Annual report of the Imperial Bacteriological Laboratory, Muktesar
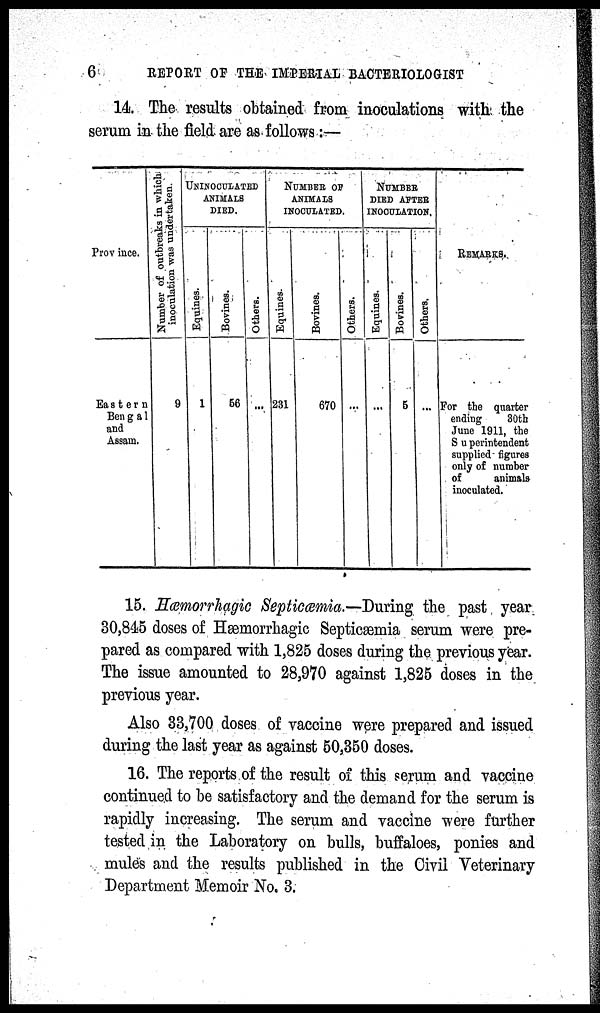
6
REPORT OF THE IMPERIAL BACTERIOLOGIST
14. The results obtained from inoculations with the
serum in the field are as follows :—
Province.
Eastern
Bengal
and
Assam.
Number of outbreaks in which
inoculation was undertaken.
9
UNINOCULATED
ANIMALS
DIED.
Equines.
1
Bovi nes .
56
Others.
...
NUMBER OF
ANIMALS
INOCULATED.
Equines.
231
Bovines.
670
Others.
...
NUMBER
DIED AFTER
INOCULATION.
Equines.
...
Bovi nes .
5
Others.
...
REMARKS.
For the quarter
ending
30th
June 1911, the
Superintendent
supplied figures
only of number
of
animals
inoculated.
15. Hæmorrhagic Septicæmia.—During the past year
30,845 doses of Hæmorrhagic Septicæmia serum were pre-
pared as compared with 1,825 doses during the previous year.
The issue amounted to 28,970 against 1,825 doses in the
previous year.
Also 33,700 doses of vaccine were prepared and issued
during the last year as against 50,350 doses.
16. The reports of the result of this serum and vaccine
continued to be satisfactory and the demand for the serum is
rapidly increasing. The serum and vaccine were further
tested in the Laboratory on bulls, buffaloes, ponies and
mules and the results published in the Civil Veterinary
Department Memoir No. 3.